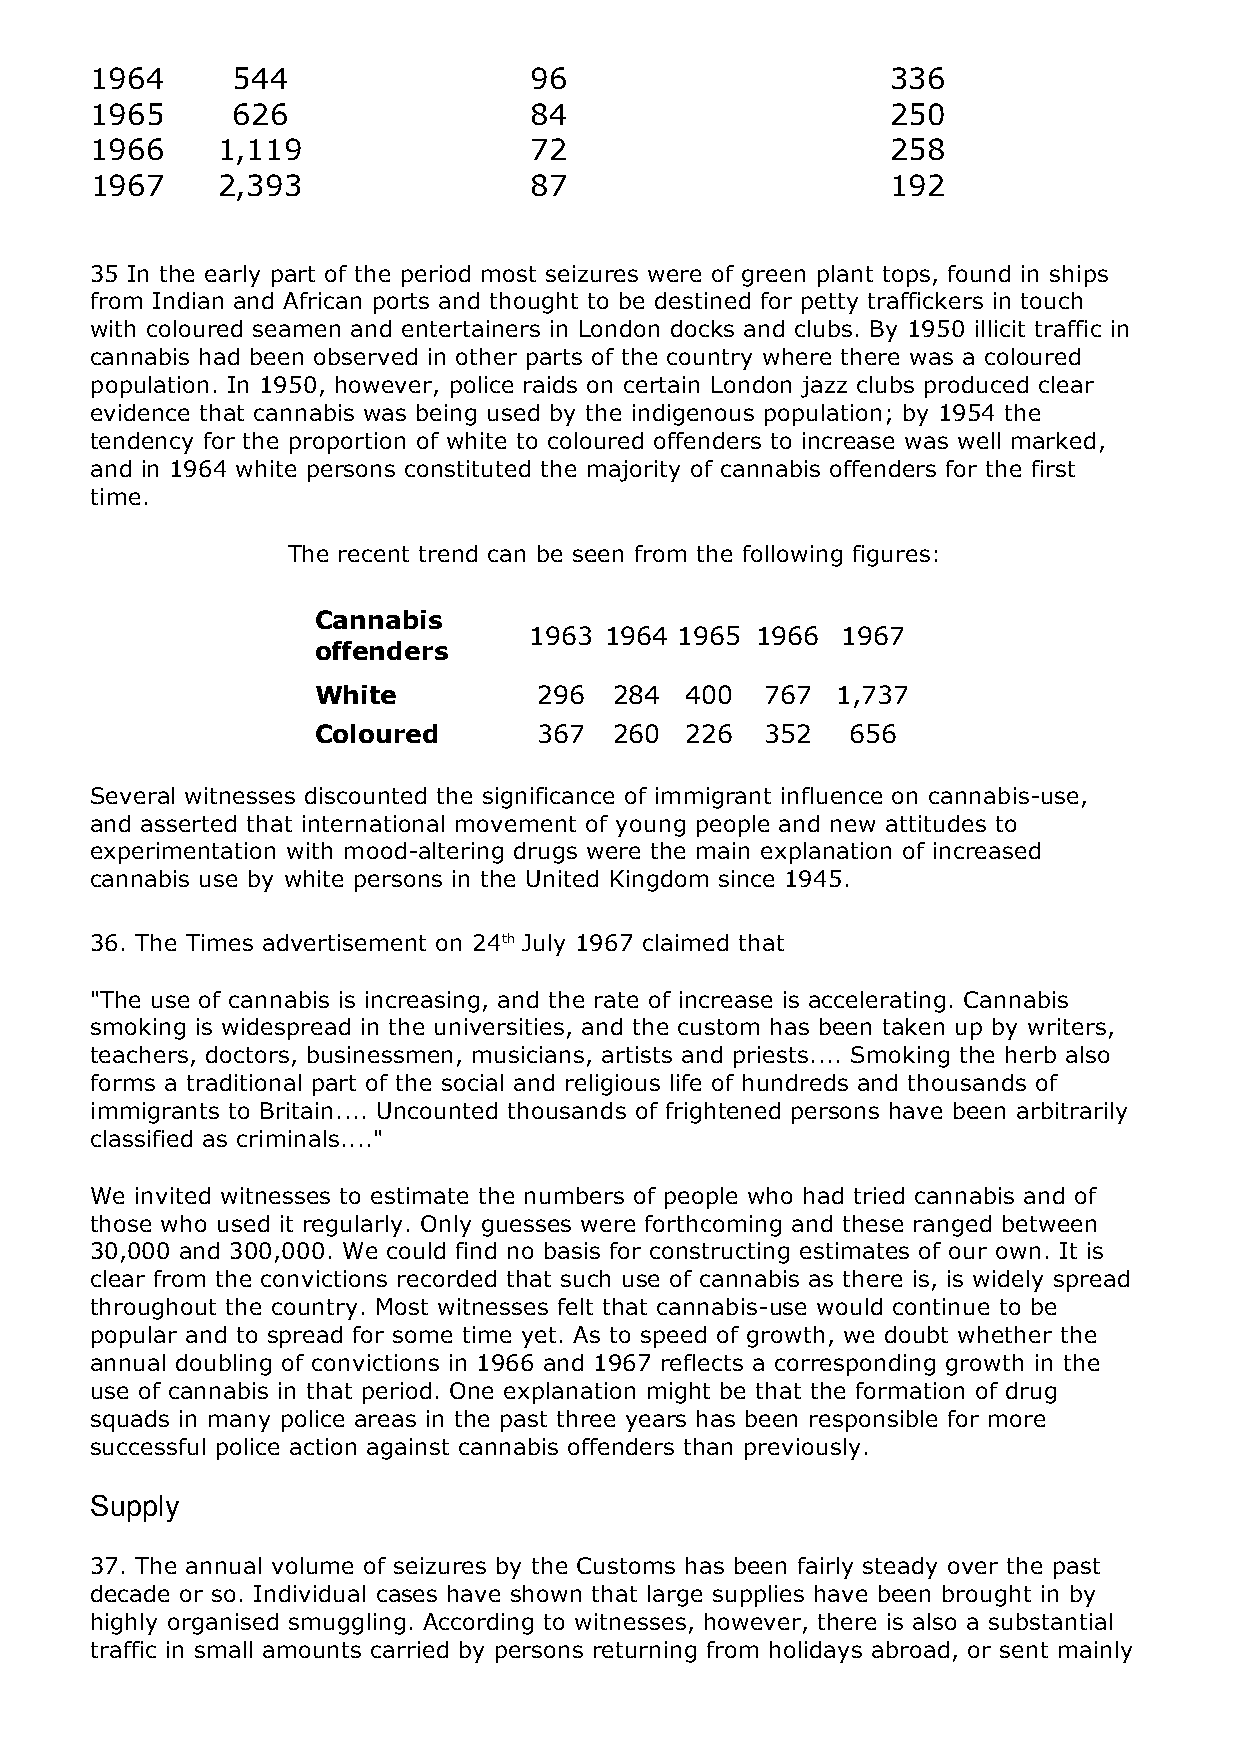
1964     544                 96                      336
 1965     626                 84                      250
 1966    1,119                72                      258
 1967    2,393                87                      192
 35 In the early part of the period most seizures were of green plant tops, found in ships
 from Indian and African ports and thought to be destined for petty traffickers in touch
 with coloured seamen and entertainers in London docks and clubs. By 1950 illicit traffic in
 cannabis had been observed in other parts of the country where there was a coloured
 population. In 1950, however, police raids on certain London jazz clubs produced clear
 evidence that cannabis was being used by the indigenous population; by 1954 the
 tendency for the proportion of white to coloured offenders to increase was well marked,
 and in 1964 white persons constituted the majority of cannabis offenders for the first
 time.
 The recent trend can be seen from the following figures:
 Cannabis
 1963 1964 1965 1966  1967
 offenders
 White          296  284 400   767 1,737
 Coloured       367  260 226   352  656
 Several witnesses discounted the significance of immigrant influence on cannabis-use,
 and asserted that international movement of young people and new attitudes to
 experimentation with mood-altering drugs were the main explanation of increased
 cannabis use by white persons in the United Kingdom since 1945.
 36. The Times advertisement on 24th July 1967 claimed that
 "The use of cannabis is increasing, and the rate of increase is accelerating. Cannabis
 smoking is widespread in the universities, and the custom has been taken up by writers,
 teachers, doctors, businessmen, musicians, artists and priests.... Smoking the herb also
 forms a traditional part of the social and religious life of hundreds and thousands of
 immigrants to Britain.... Uncounted thousands of frightened persons have been arbitrarily
 classified as criminals...."
 We invited witnesses to estimate the numbers of people who had tried cannabis and of
 those who used it regularly. Only guesses were forthcoming and these ranged between
 30,000 and 300,000. We could find no basis for constructing estimates of our own. It is
 clear from the convictions recorded that such use of cannabis as there is, is widely spread
 throughout the country. Most witnesses felt that cannabis-use would continue to be
 popular and to spread for some time yet. As to speed of growth, we doubt whether the
 annual doubling of convictions in 1966 and 1967 reflects a corresponding growth in the
 use of cannabis in that period. One explanation might be that the formation of drug
 squads in many police areas in the past three years has been responsible for more
 successful police action against cannabis offenders than previously.
 Supply
 37. The annual volume of seizures by the Customs has been fairly steady over the past
 decade or so. Individual cases have shown that large supplies have been brought in by
 highly organised smuggling. According to witnesses, however, there is also a substantial
 traffic in small amounts carried by persons returning from holidays abroad, or sent mainly